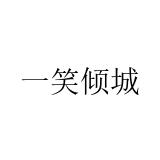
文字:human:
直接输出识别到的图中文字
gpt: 一笑倾城